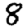
Digit: 8